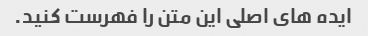
ایده های اصلی این متن را فهرست کنید.